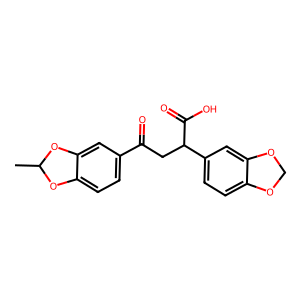
SMILES: CC1Oc2ccc(C(=O)CC(C(=O)O)c3ccc4c(c3)OCO4)cc2O1
Inhibits HIV replication: No